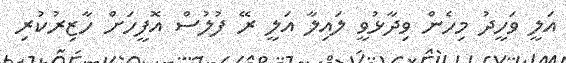
އަލީ ވަހީދު މިހެން ވިދާޅުވީ ލައިލާ އަލީ ރޭ ފުލުސް އޮފީހަށް ހާޒިރުކުރި